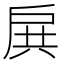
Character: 𢩉